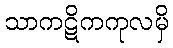
သာကဋိကကုလမှိ